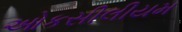
ઓકસીલીયમ